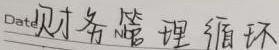
财务管理循环